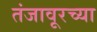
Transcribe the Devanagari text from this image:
तंजावूरच्या